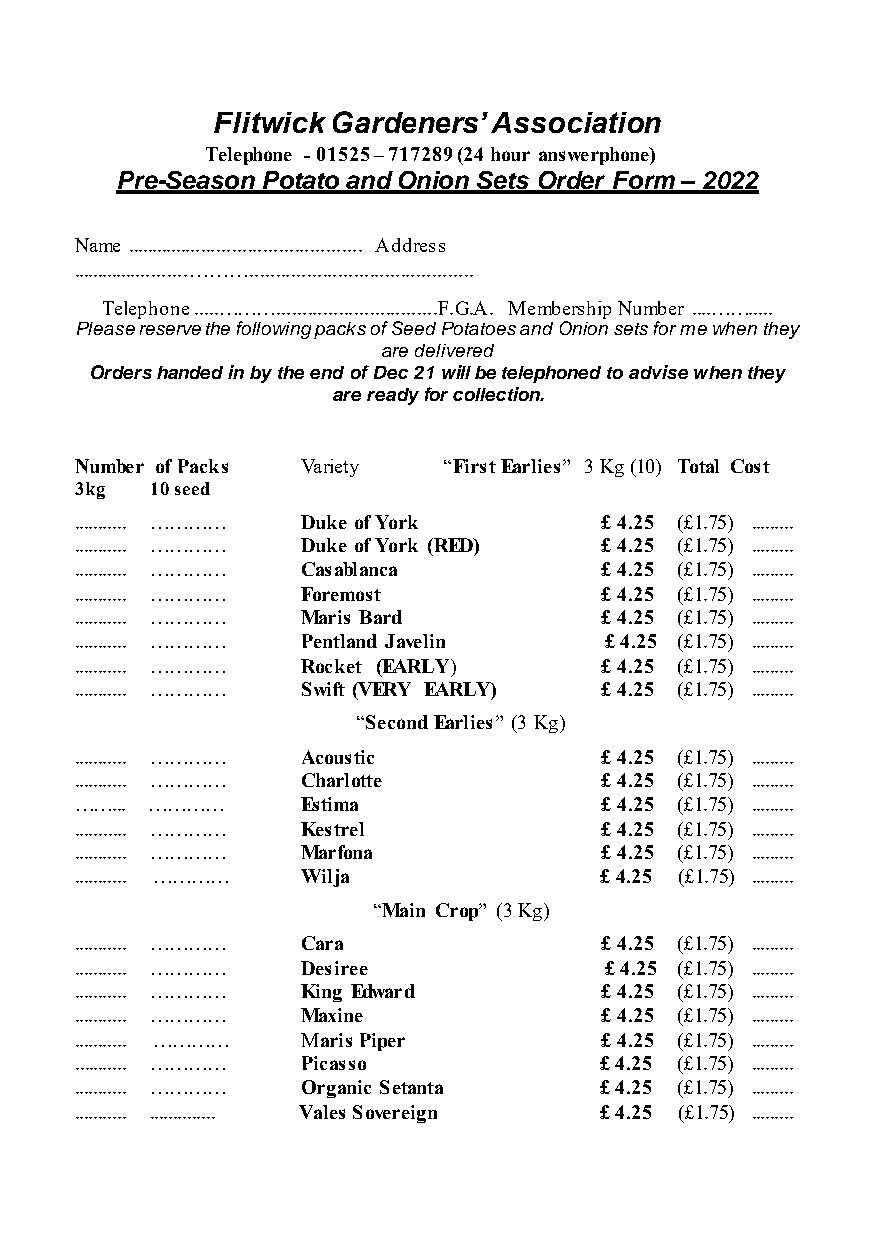
Flitwick Gardeners’ Association
 Telephone - 01525 – 717289 (24 hour answerphone)
 Pre-Season Potato and Onion Sets Order Form – 2022
 Name .............................................. Address
 .......................………...........................................
 Telephone .....………...............................F.G.A. Membership Number ....…….....
 Please reserve the following packs of Seed Potatoes and Onion sets for me when they
 are delivered
 Orders handed in by the end of Dec 21 will be telephoned to advise when they
 are ready for collection.
 Number of Packs Variety “First Earlies” 3 Kg (10) Total Cost
 3kg  10 seed
 ........... ………… Duke of York      £ 4.25 (£1.75) .........
 ........... ………… Duke of York (RED) £ 4.25 (£1.75) .........
 ........... ………… Casablanca        £ 4.25 (£1.75) .........
 ........... ………… Foremost          £ 4.25 (£1.75) .........
 ........... ………… Maris Bard        £ 4.25 (£1.75) .........
 ........... ………… Pentland Javelin  £ 4.25 (£1.75) .........
 ........... ………… Rocket (EARLY)    £ 4.25 (£1.75) .........
 ........... ………… Swift (VERY EARLY) £ 4.25 (£1.75) .........
 “Second Earlies” (3 Kg)
 ........... ………… Acoustic          £ 4.25 (£1.75) .........
 ........... ………… Charlotte         £ 4.25 (£1.75) .........
 ……... …………     Estima              £ 4.25 (£1.75) .........
 ........... ………… Kestrel           £ 4.25 (£1.75) .........
 ........... ………… Marfona           £ 4.25 (£1.75) .........
 ........... ………… Wilja             £ 4.25 (£1.75) .........
 “Main Crop” (3 Kg)
 ........... ………… Cara              £ 4.25 (£1.75) .........
 ........... ………… Desiree           £ 4.25 (£1.75) .........
 ........... ………… King Edward       £ 4.25 (£1.75) .........
 ........... ………… Maxine            £ 4.25 (£1.75) .........
 ........... ………… Maris Piper       £ 4.25 (£1.75) .........
 ........... ………… Picasso           £ 4.25 (£1.75) .........
 ........... ………… Organic Setanta   £ 4.25 (£1.75) .........
 ........... .............. Vales Sovereign £ 4.25 (£1.75) .........